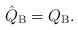
LaTeX: \begin{align*}\hat Q_{\rm B} = Q_{\rm B}. \end{align*}